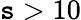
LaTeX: \mathtt{s}>10